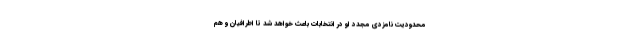
محدودیت نامزدی مجدد او در انتخابات باعث خواهد شد تا اطرافیان و هم